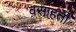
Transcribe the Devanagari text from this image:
वसाहतीं